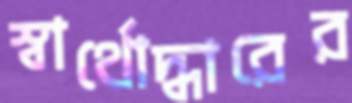
স্বার্থোদ্ধারের